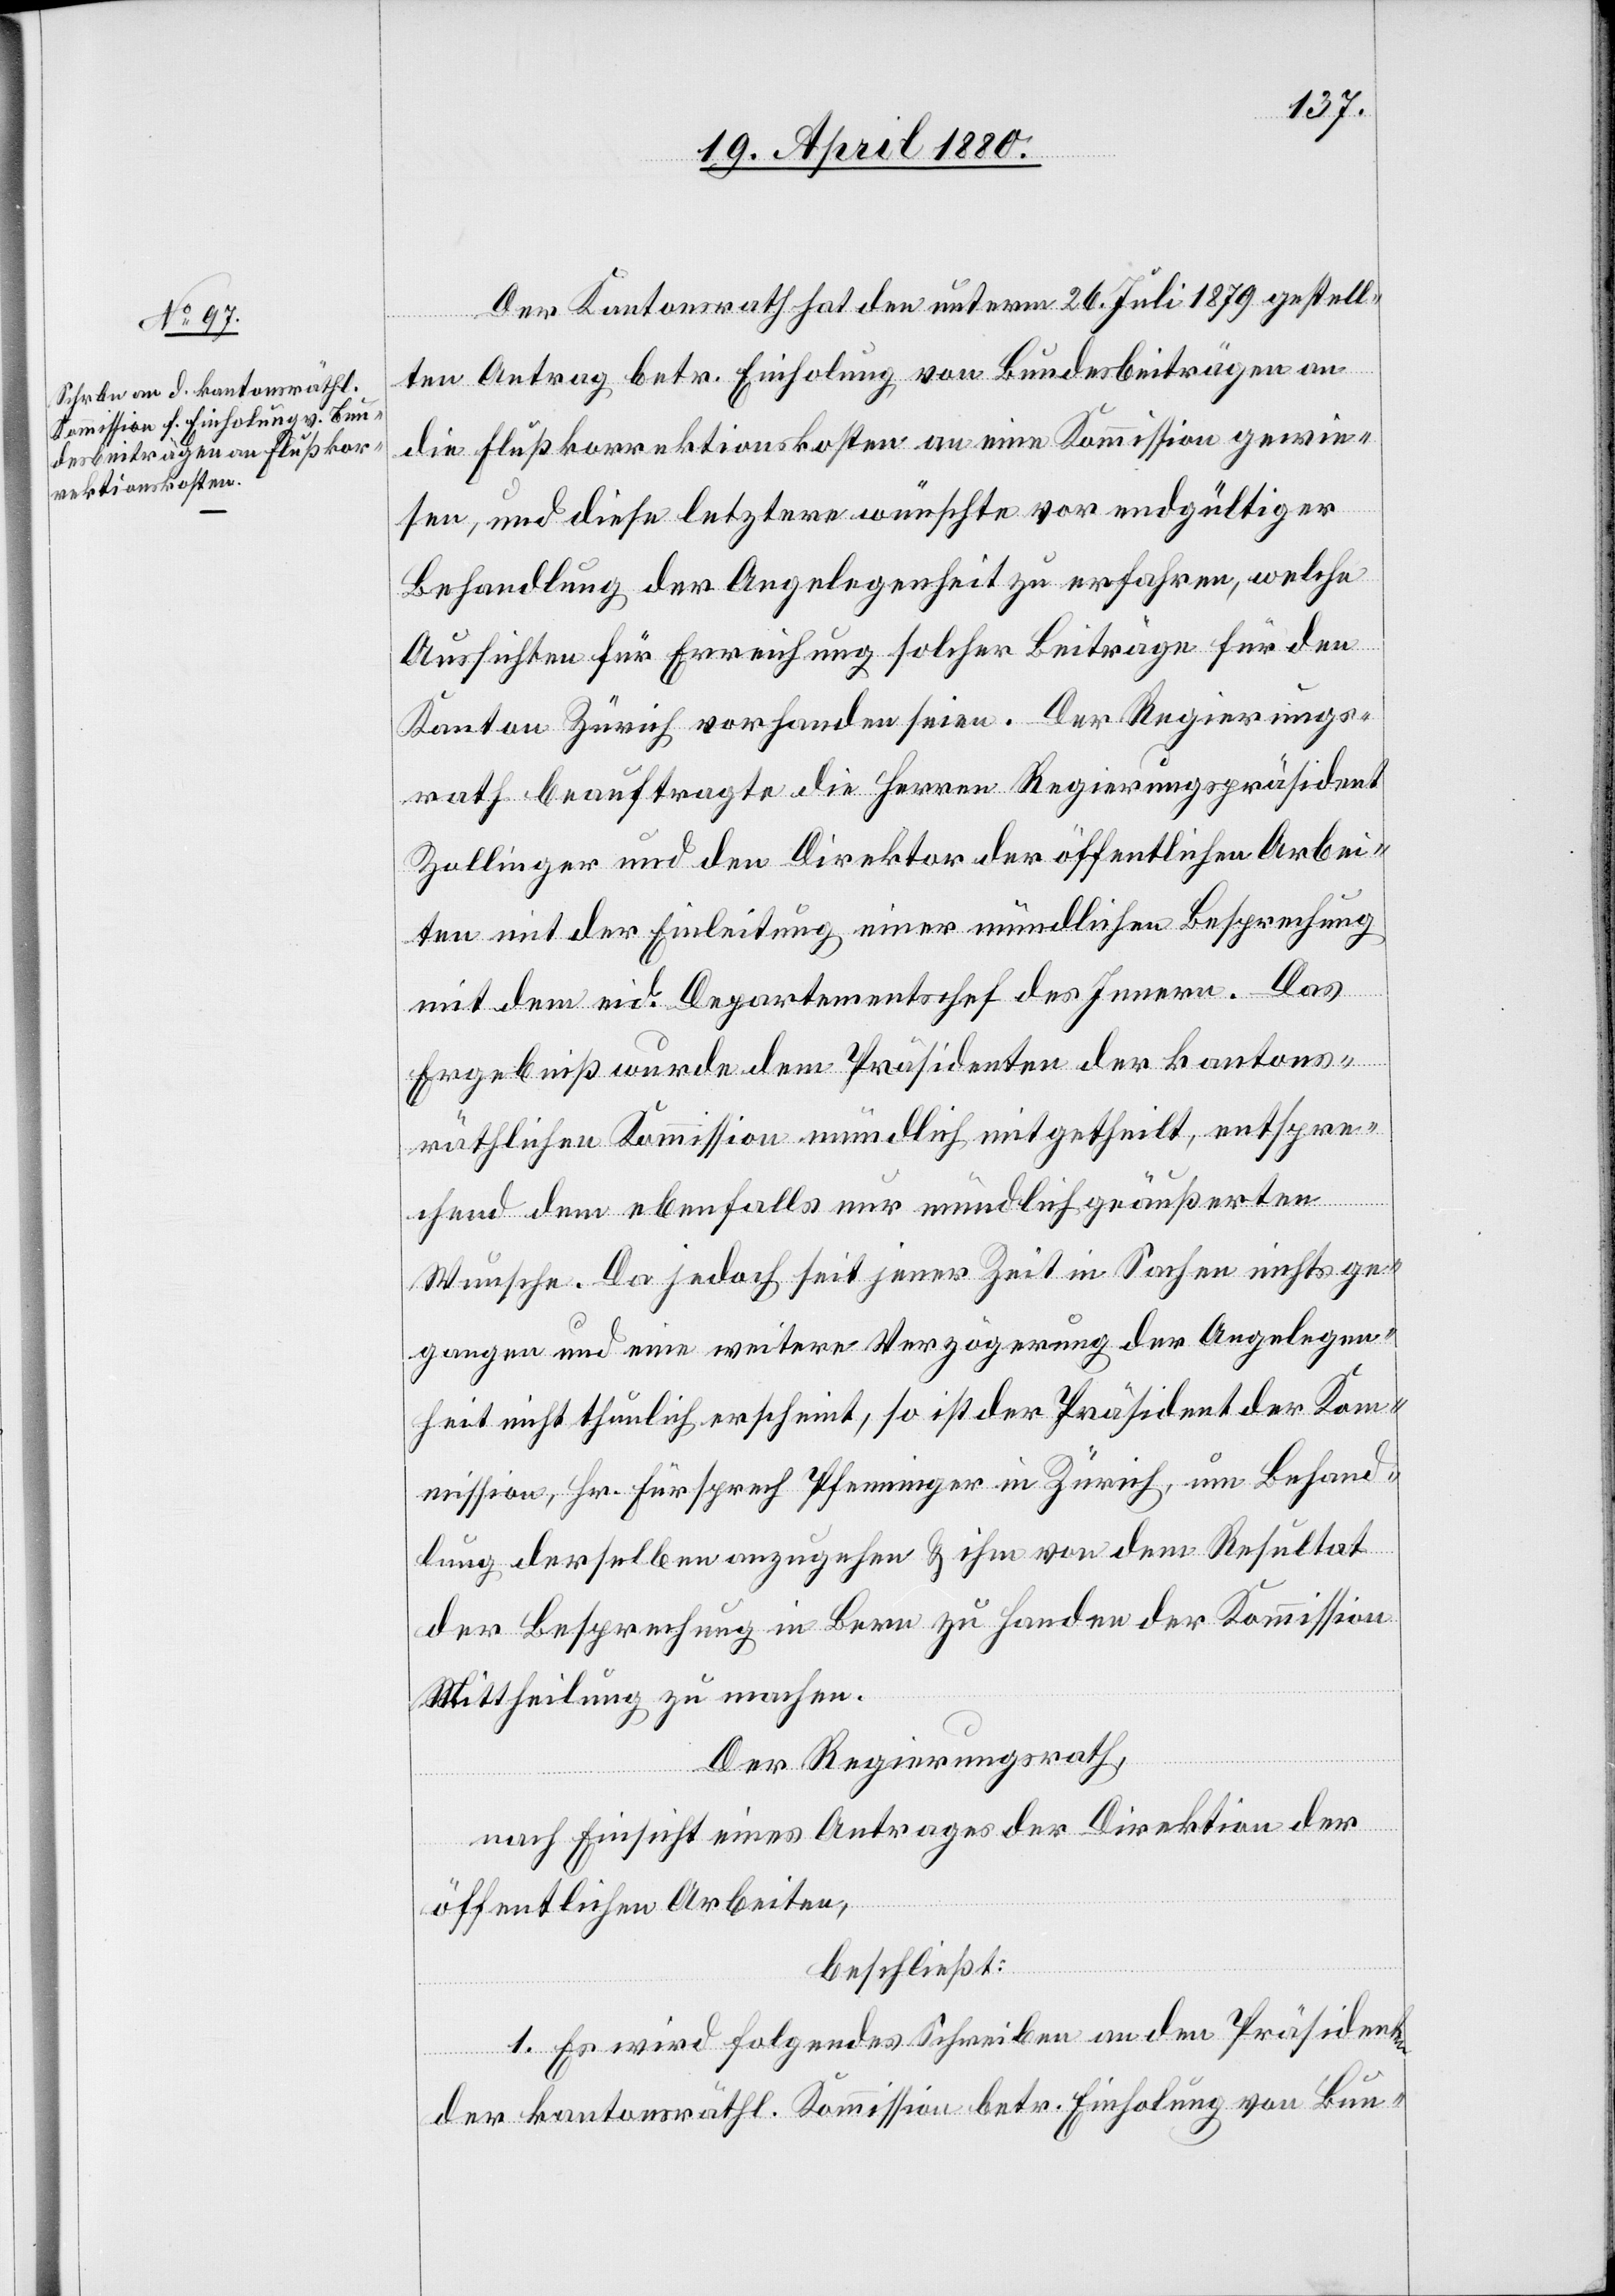
Der Kantonsrath hat den unterm 26. Juli 1879 gestell¬
ten Antrag betr. Einholung von Bundesbeiträgen an
die Flußkorrektionskosten an eine Kommission gewie¬
sen, und diese letztere wünschte vor endgültiger
Behandlung der Angelegenheit zu erfahren, welche
Aussichten für Erreichung solcher Beiträge für den
Kanton Zürich vorhanden seien. Der Regierungs¬
rath beauftragte die Herren Regierungspräsident
Zollinger und den Direktor der öffentlichen Arbei¬
ten mit der Einleitung einer mündlichen Besprechung
mit dem eid. Departement des Innern. Das
Ergebniß wurde dem Präsidenten der kantons¬
räthlichen Kommission mündlich mitgetheilt, entspre¬
chend dem ebenfalls nur mündlich geäußerten
Wunsche. Da jedoch seit jener Zeit in Sachen nichts ge¬
gangen und eine weitere Verzögerung der Angelegen¬
heit nicht thunlich erscheint, so ist der Präsident der Kom¬
mission, Hr. Fürsprech Pfenninger in Zürich, um Behand¬
lung derselben anzugehen & ihm von dem Resultat
der Besprechung in Bern zu Handen der Kommission
Mittheilung zu machen.
Der Regierungsrath,
nach Einsicht eines Antrages der Direktion der
öffentlichen Arbeiten,
beschließt:
1. Es wird folgendes Schreiben an den Präsident
der kantonsräthl. Kommission betr. Einholung von Bun-